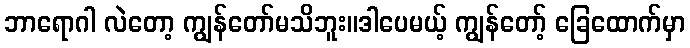
ဘာရောဂါ လဲတော့ ကျွန်တော်မသိဘူး။ဒါပေမယ့် ကျွန်တော့် ခြေထောက်မှာ